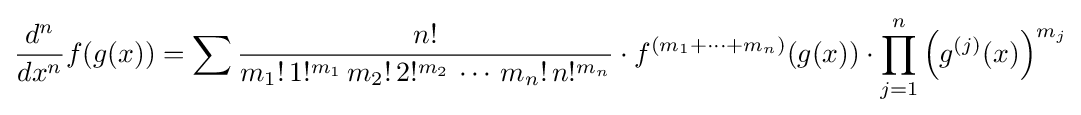
{d^{n} \over dx^{n}}f(g(x))=\sum {\frac {n!}{m_{1}!\,1!^{m_{1}}\,m_{2}!\,2!^{m_{2}}\,\cdots \,m_{n}!\,n!^{m_{n}}}}\cdot f^{(m_{1}+\cdots +m_{n})}(g(x))\cdot \prod _{j=1}^{n}\left(g^{(j)}(x)\right)^{m_{j}}